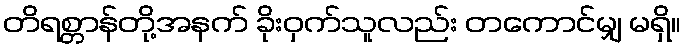
တိရစ္တာန်တို့အနက် ခိုးဝှက်သူလည်း တကောင်မျှ မရှိ။